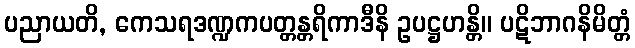
ပညာယတိ, ကေသရဒဏ္ဍကပတ္တန္တရိကာဒီနိ ဥပဋ္ဌဟန္တိ။ ပဋိဘာဂနိမိတ္တံ